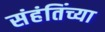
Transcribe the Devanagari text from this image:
संहंतिंच्या